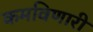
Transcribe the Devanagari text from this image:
कमविणारी